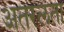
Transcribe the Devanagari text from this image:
अतरलता